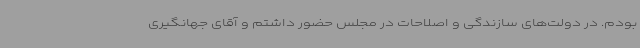
بودم. در دولت‌های سازندگی و اصلاحات در مجلس حضور داشتم و آقای جهانگیری